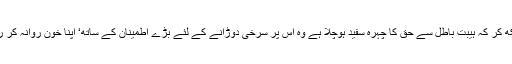
اور یہ دیکھ کر کہ ہیبت باطل سے حق کا چہرہ سفید ہوچلا ہے وہ اس پر سرخی دوڑانے کے لئے بڑے اطمینان کے ساتھ‘ اپنا خون روانہ کر رہے تھے۔